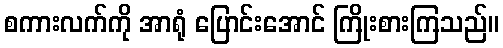
စကားလက်ကို အာရုံ ပြောင်းအောင် ကြိုးစားကြသည်။